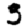
Digit: 3